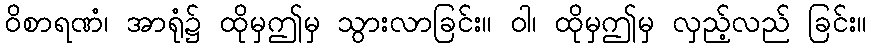
ဝိစာရဏံ၊ အာရုံ၌ ထိုမှဤမှ သွားလာခြင်း။ ဝါ၊ ထိုမှဤမှ လှည့်လည် ခြင်း။